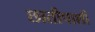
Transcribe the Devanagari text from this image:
छातीपाशी